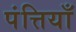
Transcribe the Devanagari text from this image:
पंत्तियाँ